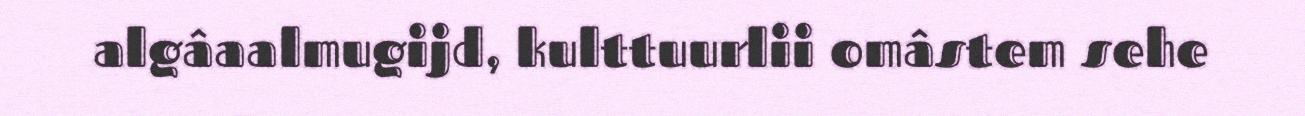
algâaalmugijd, kulttuurlii omâstem sehe